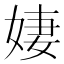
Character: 𪥼